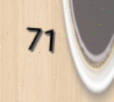
71